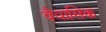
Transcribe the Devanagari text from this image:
वैयासिक